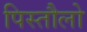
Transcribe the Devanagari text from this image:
पिस्तौलो